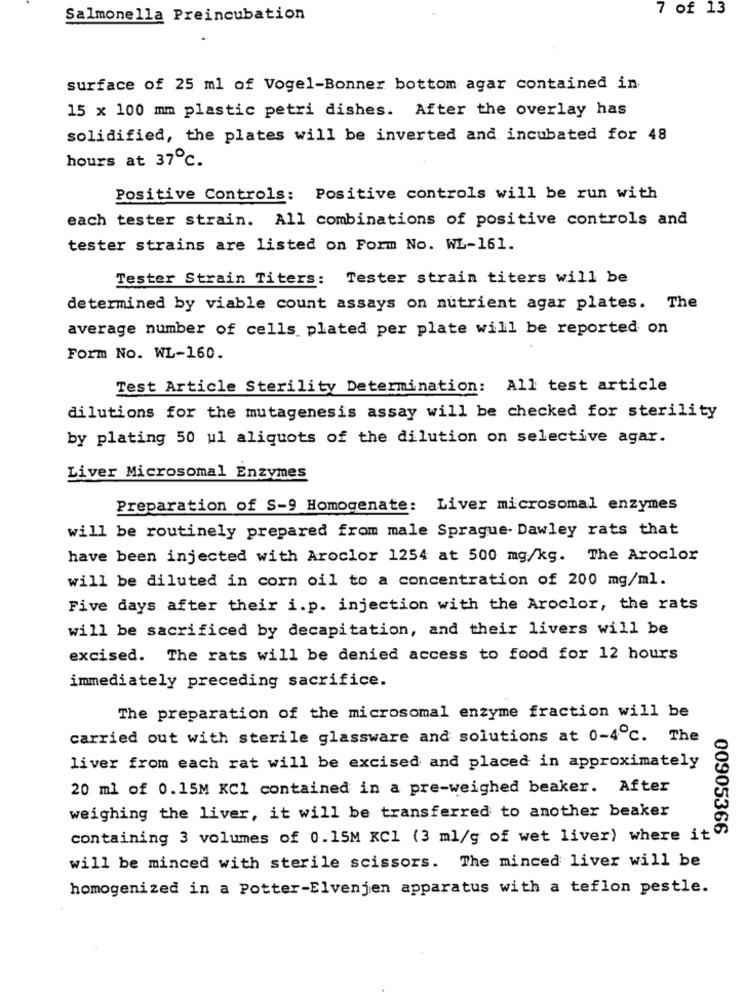
7 of 13
Salmonella Preincubation
surface of 25 ml of Vogel-Bonner bottom agar contained in
15 x 100 mm plastic petri dishes. After the overlay has
solidified, the plates will be inverted and incubated for 48
hours at 37℃.
Positive Controls: Positive controls will be run with
each tester strain. All combinations of positive controls and
tester strains are listed on Form No. WL-161.
Tester Strain Titers: Tester strain titers will be
determined by viable count assays on nutrient agar plates. The
average number of cells plated per plate will be reported on
Form No. WL-160.
Test Article Sterility Determination: All test article
dilutions for the mutagenesis assay will be checked for sterility
by plating 50 ul aliquots of the dilution on selective agar.
Liver Microsomal Enzymes
Preparation of S-9 Homogenate: Liver microsomal enzymes
will be routinely prepared from male Sprague- Dawley rats that
have been injected with Aroclor 1254 at 500 mg/kg. The Aroclor
will be diluted in corn oil to a concentration of 200 mg/ml.
Five days after their i.p. injection with the Aroclor, the rats
will be sacrificed by decapitation, and their livers will be
excised. The rats will be denied access to food for 12 hours
immediately preceding sacrifice.
The preparation of the microsomal enzyme fraction will be
carried out with sterile glassware and solutions at 0-4℃. The
liver from each rat will be excised and placed in approximately
20 ml of 0.15M KC1 contained in a pre-weighed beaker. After
weighing the liver, it will be transferred to another beaker
00905366
containing 3 volumes of 0.15M KC1 (3 ml/g of wet liver) where it
will be minced with sterile scissors. The minced liver will be
homogenized in a Potter-Elvenjen apparatus with a teflon pestle.